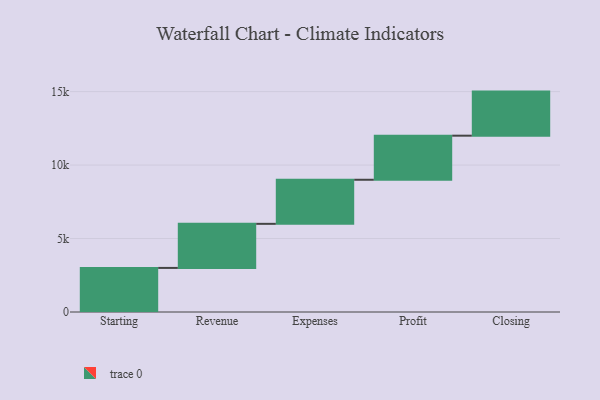
{"axis": {"x": "Step", "y": "Value"}, "legend": [""], "data": [{"x": "Starting", "y": 3000, "type": ""}, {"x": "Revenue", "y": 3000, "type": ""}, {"x": "Expenses", "y": 3000, "type": ""}, {"x": "Profit", "y": 3000, "type": ""}, {"x": "Closing", "y": 3000, "type": ""}]}